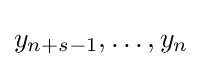
y_{n+s-1},\ldots ,y_{n}